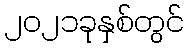
၂၀၂၁ခုနှစ်တွင်